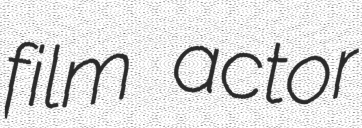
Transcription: film actor